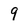
Character: 9